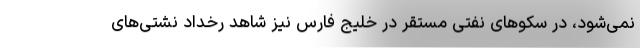
نمی‌شود، در سکوهای نفتی مستقر در خلیج فارس نیز شاهد رخداد نشتی‌های